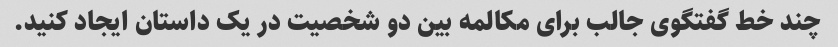
چند خط گفتگوی جالب برای مکالمه بین دو شخصیت در یک داستان ایجاد کنید.